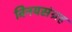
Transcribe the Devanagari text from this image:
विनयसंग्रह